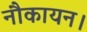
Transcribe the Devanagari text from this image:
नौकायन।